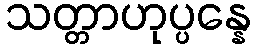
သတ္တာဟုပ္ပန္နေ